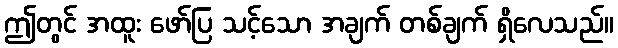
ဤတွင် အထူး ဖော်ပြ သင့်သော အချက် တစ်ချက် ရှိလေသည်။